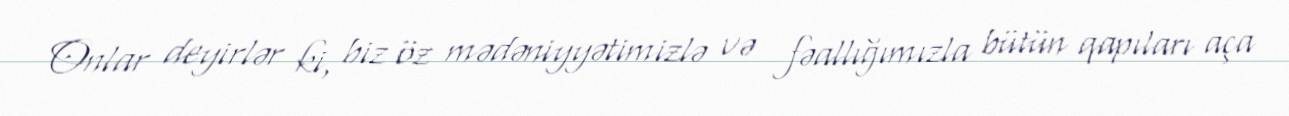
Onlar deyirlər ki, biz öz mədəniyyətimizlə və fəallığımızla bütün qapıları aça